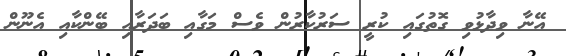
އޭނާ ވިދާޅުވި ގޮތުގައި ކުރީ ސަރުކާރުން ވެސް މަގާއި ބަދަރާއި ބޭންކާއި އެނޫން